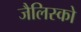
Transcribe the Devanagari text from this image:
जैलिस्को